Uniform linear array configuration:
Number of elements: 16
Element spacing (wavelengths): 1
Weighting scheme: exponential
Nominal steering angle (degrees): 0
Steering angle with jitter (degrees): -1.306
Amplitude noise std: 0.05
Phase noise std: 0.05

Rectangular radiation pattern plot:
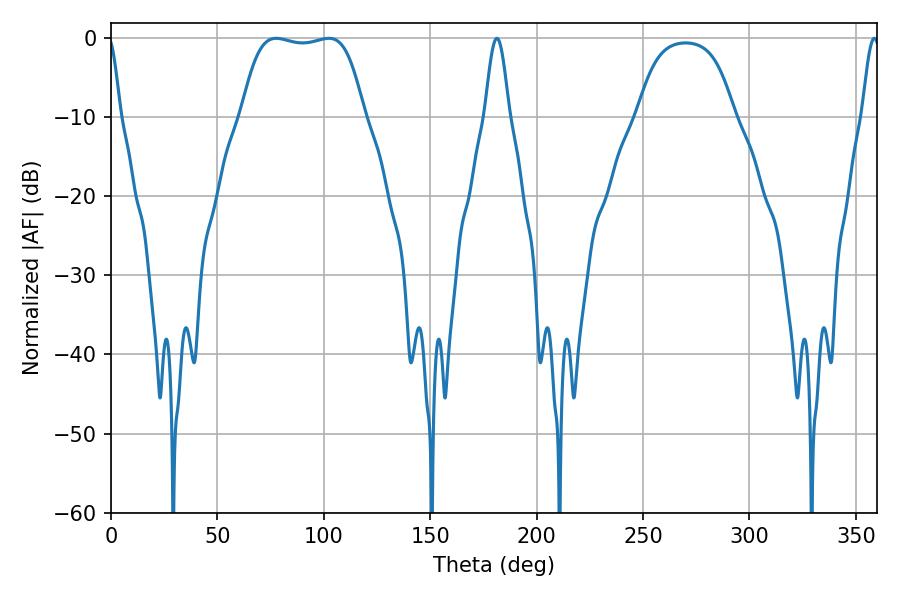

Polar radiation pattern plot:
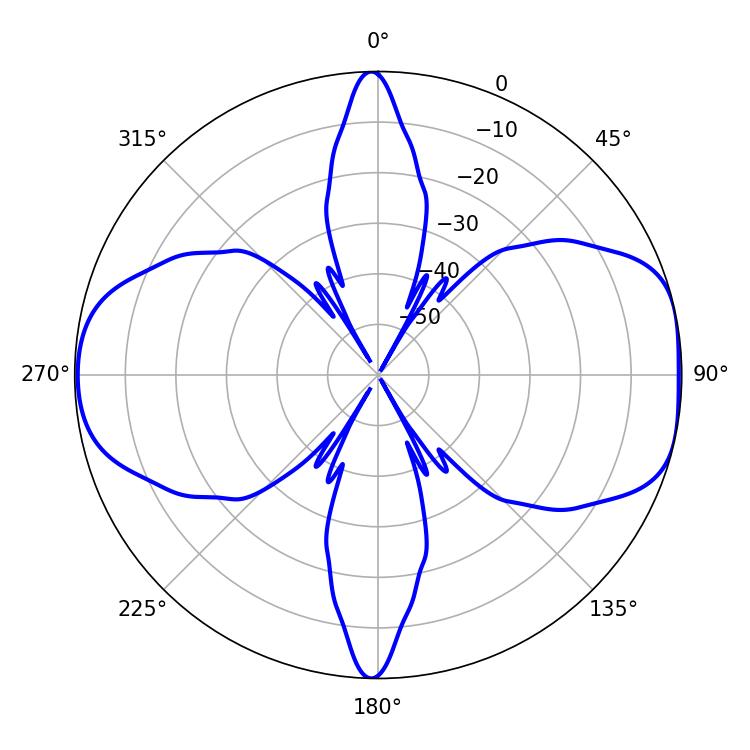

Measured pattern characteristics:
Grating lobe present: TRUE
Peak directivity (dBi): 8.611
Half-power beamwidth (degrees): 45
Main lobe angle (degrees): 77.58